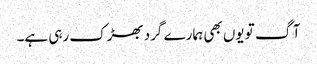
آگ تو یوں بھی ہمارے گرد بھڑک رہی ہے۔